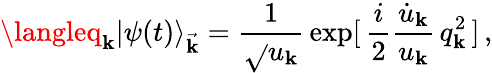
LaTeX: \langleq_{\mathbf{k}}|\psi(t)\rangle_{\vec{{\mathbf{k}}}}=\frac{{1}}{{\sqrt{}{{u_{\mathbf{k}}}}}}\, \exp[\, \frac{{i}}{{2}}\frac{{\dot{{u}}_{\mathbf{k}}}}{{u_{\mathbf{k}}}}\, q_{\mathbf{k}}^{2}\, ]\, ,